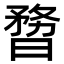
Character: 𣊃